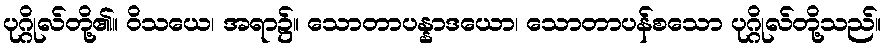
ပုဂ္ဂိုလ်တို့၏။ ဝိသယေ၊ အရာ၌။ သောတာပန္နာဒယော၊ သောတာပန်စသော ပုဂ္ဂိုလ်တို့သည်။